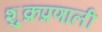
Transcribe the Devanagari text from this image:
शुक्रप्रणाली